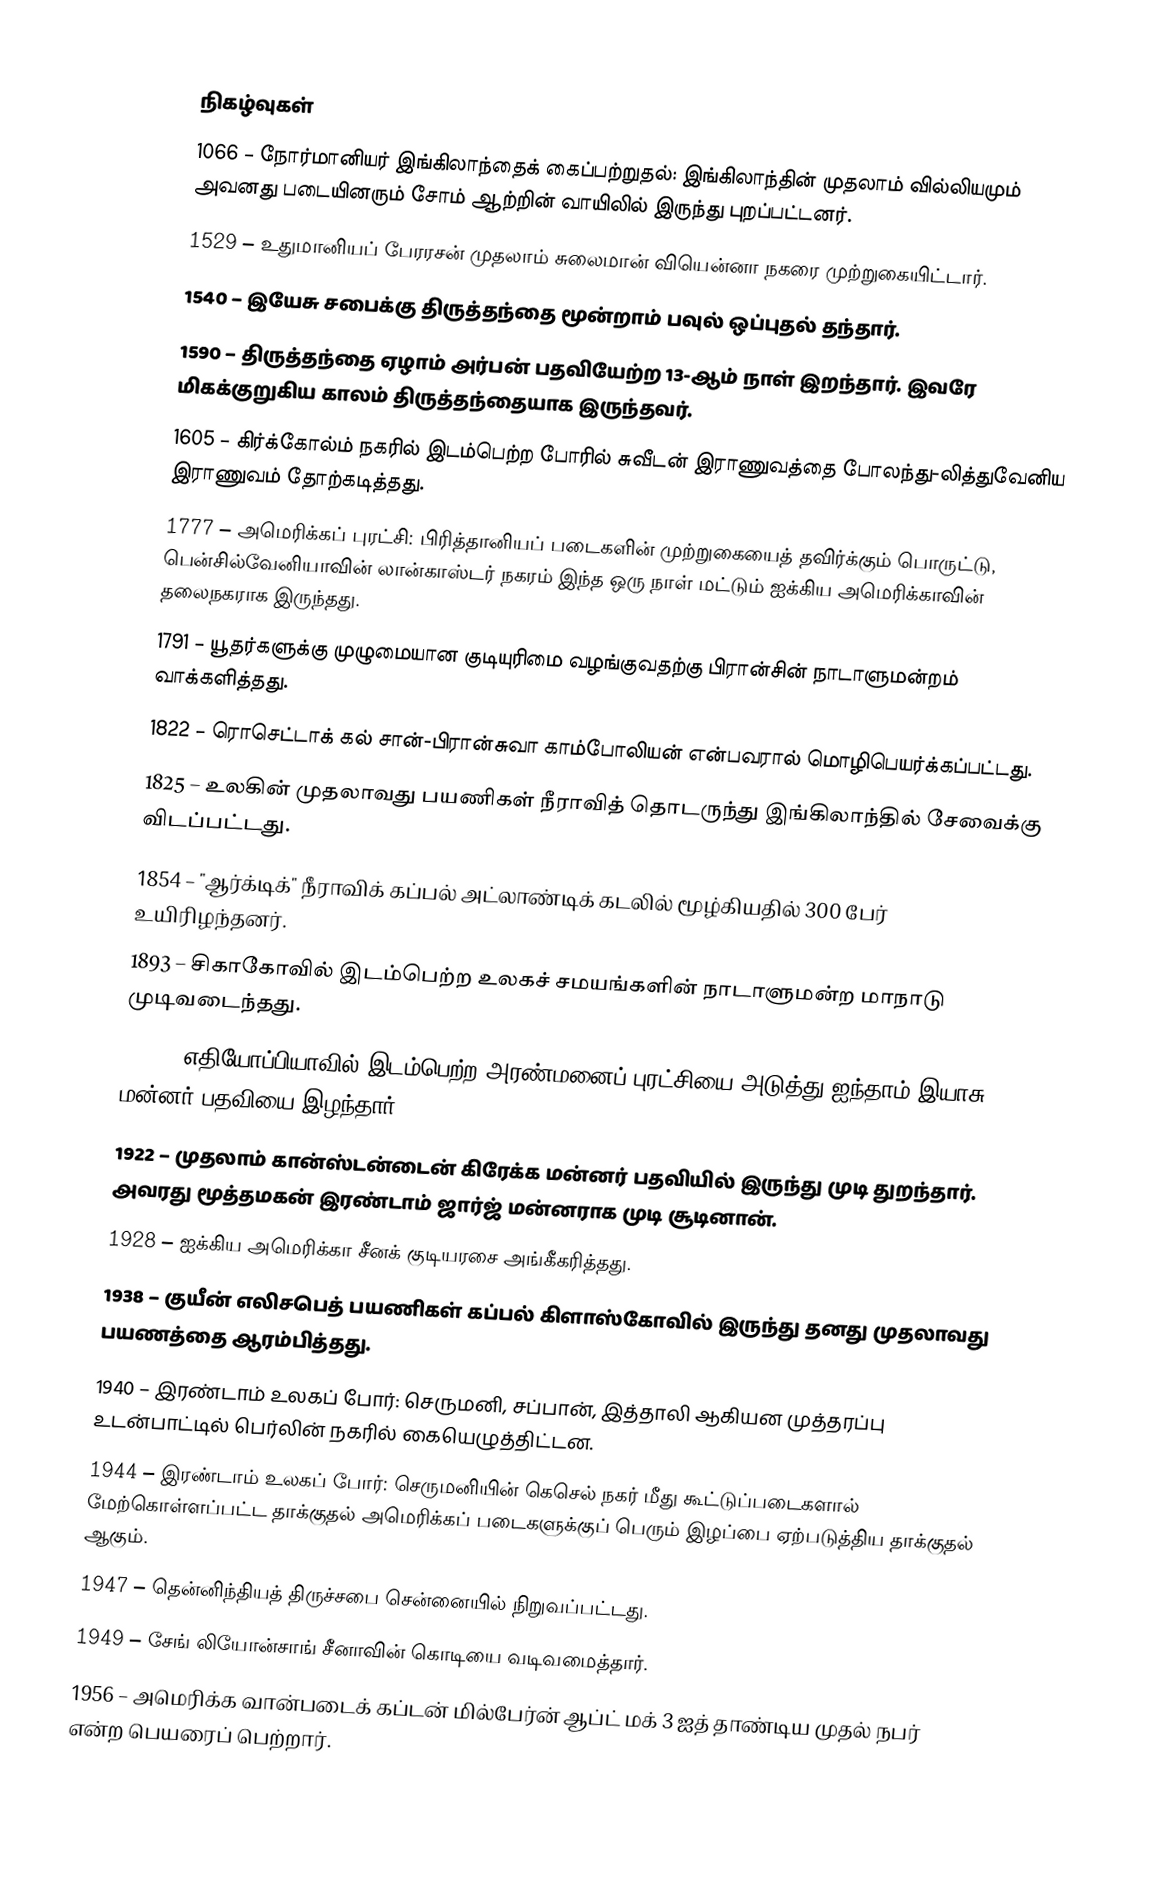

நிகழ்வுகள்
1066 – நோர்மானியர் இங்கிலாந்தைக் கைப்பற்றுதல்: இங்கிலாந்தின் முதலாம் வில்லியமும் அவனது படையினரும் சோம் ஆற்றின் வாயிலில் இருந்து புறப்பட்டனர்.
1529 – உதுமானியப் பேரரசன் முதலாம் சுலைமான் வியென்னா நகரை முற்றுகையிட்டார்.
1540 – இயேசு சபைக்கு திருத்தந்தை மூன்றாம் பவுல் ஒப்புதல் தந்தார்.
1590 – திருத்தந்தை ஏழாம் அர்பன் பதவியேற்ற 13-ஆம் நாள் இறந்தார். இவரே மிகக்குறுகிய காலம் திருத்தந்தையாக இருந்தவர்.
1605 – கிர்க்கோல்ம் நகரில் இடம்பெற்ற போரில் சுவீடன் இராணுவத்தை போலந்து-லித்துவேனிய இராணுவம் தோற்கடித்தது.
1777 – அமெரிக்கப் புரட்சி: பிரித்தானியப் படைகளின் முற்றுகையைத் தவிர்க்கும் பொருட்டு, பென்சில்வேனியாவின் லான்காஸ்டர் நகரம் இந்த ஒரு நாள் மட்டும் ஐக்கிய அமெரிக்காவின் தலைநகராக இருந்தது.
1791 – யூதர்களுக்கு முழுமையான குடியுரிமை வழங்குவதற்கு பிரான்சின் நாடாளுமன்றம் வாக்களித்தது.
1822 – ரொசெட்டாக் கல் சான்-பிரான்சுவா காம்போலியன் என்பவரால் மொழிபெயர்க்கப்பட்டது.
1825 – உலகின் முதலாவது பயணிகள் நீராவித் தொடருந்து இங்கிலாந்தில் சேவைக்கு விடப்பட்டது.
1854 – "ஆர்க்டிக்" நீராவிக் கப்பல் அட்லாண்டிக் கடலில் மூழ்கியதில் 300 பேர் உயிரிழந்தனர்.
1893 – சிகாகோவில் இடம்பெற்ற உலகச் சமயங்களின் நாடாளுமன்ற மாநாடு முடிவடைந்தது.
1916 – எதியோப்பியாவில் இடம்பெற்ற அரண்மனைப் புரட்சியை அடுத்து ஐந்தாம் இயாசு மன்னர் பதவியை இழந்தார்.
1922 – முதலாம் கான்ஸ்டன்டைன் கிரேக்க மன்னர் பதவியில் இருந்து முடி துறந்தார். அவரது மூத்தமகன் இரண்டாம் ஜார்ஜ் மன்னராக முடி சூடினான்.
1928 – ஐக்கிய அமெரிக்கா சீனக் குடியரசை அங்கீகரித்தது.
1938 – குயீன் எலிசபெத் பயணிகள் கப்பல் கிளாஸ்கோவில் இருந்து தனது முதலாவது பயணத்தை ஆரம்பித்தது.
1940 – இரண்டாம் உலகப் போர்: செருமனி, சப்பான், இத்தாலி ஆகியன முத்தரப்பு உடன்பாட்டில் பெர்லின் நகரில் கையெழுத்திட்டன.
1944 – இரண்டாம் உலகப் போர்: செருமனியின் கெசெல் நகர் மீது கூட்டுப்படைகளால் மேற்கொள்ளப்பட்ட தாக்குதல் அமெரிக்கப் படைகளுக்குப் பெரும் இழப்பை ஏற்படுத்திய தாக்குதல் ஆகும்.
1947 – தென்னிந்தியத் திருச்சபை சென்னையில் நிறுவப்பட்டது.
1949 – சேங் லியோன்சாங் சீனாவின் கொடியை வடிவமைத்தார்.
1956 – அமெரிக்க வான்படைக் கப்டன் மில்பேர்ன் ஆப்ட் மக் 3 ஐத் தாண்டிய முதல் நபர் என்ற பெயரைப் பெற்றார்.